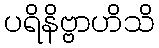
ပရိနိဗ္ဗာဟိသိ